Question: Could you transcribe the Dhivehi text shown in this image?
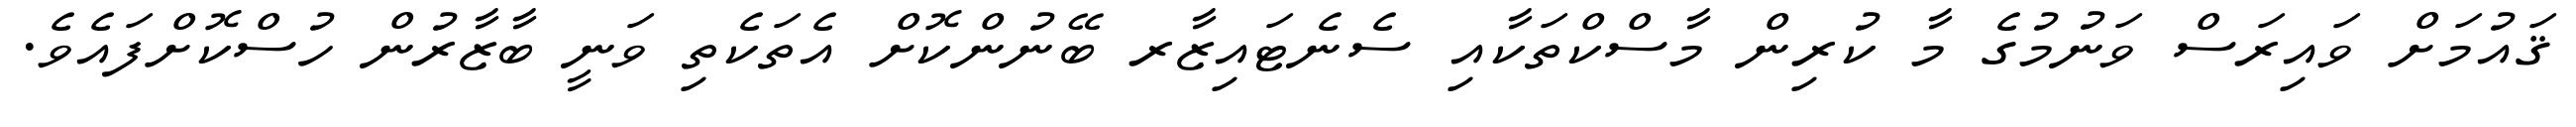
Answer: ޤައުމަށް ވައިރަސް ވަނުމުގެ މާ ކުރިން މާސްކްތަކާއި ސެނެޓައިޒާރ ބޭނުންކޮށް އެތަކެތި ވަނީ ބާޒާރުން ހުސްކޮށްފައެވެ.